Medical and sanitary report of the native army of Bengal for the year
Year: 1874
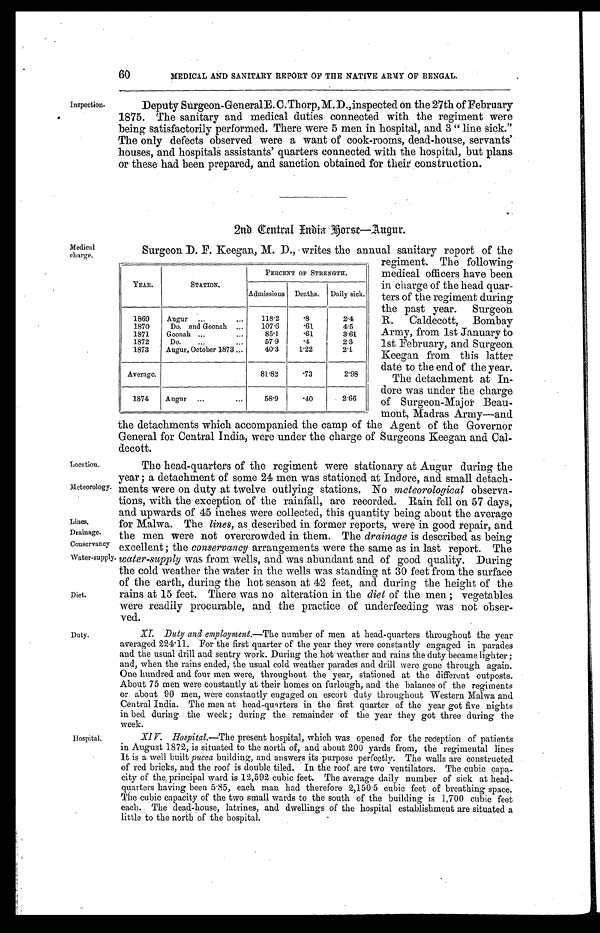
Location.
Meteorology.
Lines.
Drainage.
Conservancy.
Water-supply.
60
MEDICAL AND SANITARY REPORT OF THE NATIVE ARMY OF BENGAL.
Inspection.
Deputy Surgeon-General E. C. Thorp, M. D., inspected on the 27th of February
1875. The sanitary and medical duties connected with the regiment were
being satisfactorily performed. There were 5 men in hospital, and 3 "line sick."
The only defects observed were a want of cook-rooms, dead-house, servants'
houses, and hospitals assistants' quarters connected with the hospital, but plans
or these had been prepared, and sanction obtained for their construction.
2nd Central India Forse—Augur.
Medical
charge.
Diet.
Duty.
Hospital.
Surgeon D. F. Keegan, M. D., writes the annual sanitary report of the
regiment. The following
medical officers have been
in charge of the head quar -
ters of the regiment during
the past year. Surgeon
R.Caldecott, Bombay
Army, from 1st January to
1st February, and Surgeon
Keegan from this latter
date to the end of the year.
The detachment at In -
dore was under the charge
of Surgeon-Major Beau -
mont, Madras Army—and
the detachments which accompanied the camp of the Agent of the Governor
General for Central India, were under the charge of Surgeons Keegan and Cal -
decott.
The head-quarters of the regiment were stationary at Augur during the
year; a detachment of some 24 men was stationed at Indore, and small detach
-ments were on duty at twelve outlying stations. No meteorological observa
-tions, with the exception of the rainfall, are recorded. Rain fell on 57 days,
and upwards of 45 inches were collected, this quantity being about the average
for Malwa. The lines, as described in former reports, were in good repair, and
the men were not overcrowded in them. The drainage is described as being
excellent; the conservancy arrangements were the same as in last report. The
water-supply was from wells, and was abundant and of good quality. During
the cold weather the water in the wells was standing at 30 feet from the surface
of the earth, during the hot season at 42 feet, and during the height of the
rains at 15 feet. There was no alteration in the diet of the men; vegetables
were readily procurable, and the practice of underfeeding was not obser
- v e d .
XI. Duty and employment.— The number of men at head-quarters throughout the year
averaged 224.11. For the first quarter of the year they were constantly engaged in parades
and the usual drill and sentry work. During the hot weather and rains the duty became lighter;
and, when the rains ended, the usual cold weather parades and drill were gone through again.
One hundred and four men were, throughout the year, stationed at the different outposts.
About 75 men were constantly at their homes on furlough, and the balance of the regiments
or about 90 men, were constantly enaged on escort duty throughout Western Malwa and
Central India. The men at head-quarters in the first quarter of the year got five nights
in bed during the week; during the remainder of the year they got three during the
week.
XIV. Hospital.—The present hospital, which was opened for the reception of patients
in August 1872, is situated to the north of, and about 200 yards from, the regimental lines
It is a well built pucca building, and answers its purpose perfectly. The walls are constructed
of red bricks, and the roof is double tiled. In the roof are two ventilators. The cubic capa
-city of the principal ward is 12,592 cubic feet. The average daily number of sick at head
-quarters having been 5.85, each man had therefore 2,150.5 cubic feet of breathing space.
The cubic capacity of the two small wards to the south of the building is 1,700 cubic feet
each. The dead-house, latrines, and dwellings of the hospital establishment are situated a
little to the north of the hospital.
YEAR.
STATION.
PERCENT OF STRENGTH.
Admissions Deaths.
Daily sick.
1869
Augur . . .
1 1 8 . 2
.8
2.4
1870
Do. and Goonah . . .
107.6
.61
4.5
1871
Goonah . . .
85.1
.61
3.61
1872
D o . . . .
57.9
.4
2.3
1873
Augur, October 1873 . . .
40.3
1.22
2.1
Average.
81.82
.73
2.98
1874
Augur . . .
58.9
.40
2.66